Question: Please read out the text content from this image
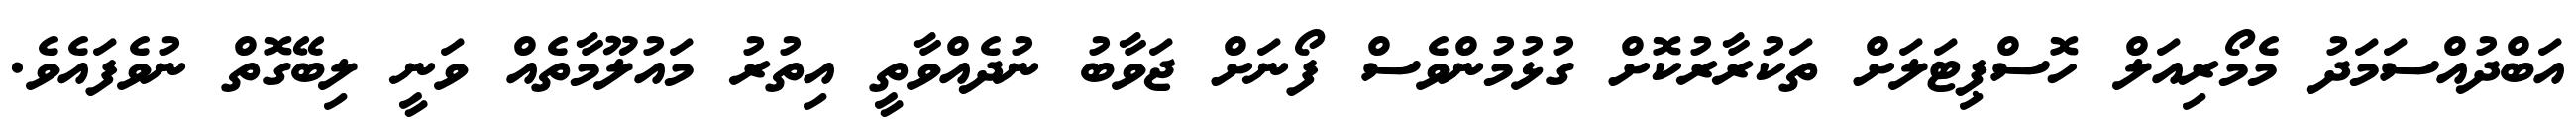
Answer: އަބްދުއްސަމަދު މެމޯރިއަލް ހޮސްޕިޓަލަށް ތަކުރާރުކޮށް ގުޅުމުންވެސް ފޯނަށް ޖަވާބު ނުދެއްވާތީ އިތުރު މައުލޫމާތެއް ވަނީ ލިބޭގޮތް ނުވެފައެވެ.